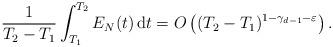
LaTeX: \begin{align*}\frac{1}{T_2 - T_1} \int_{T_1}^{T_2} E_N (t) \, \mathrm{d}t = O \left( (T_2 - T_1)^{1-\gamma_{d-1} - \varepsilon} \right) .\end{align*}